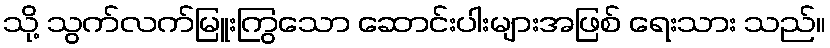
သို့ သွက်လက်မြူးကြွသော ဆောင်းပါးများအဖြစ် ရေးသား သည်။